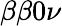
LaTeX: \beta\beta 0\nu